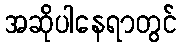
အဆိုပါနေရာတွင်